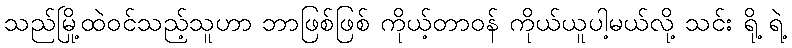
သည်မြို့ထဲဝင်သည့်သူဟာ ဘာဖြစ်ဖြစ် ကိုယ့်တာဝန် ကိုယ်ယူပါ့မယ်လို့ သင်း ရို့ ရဲ့